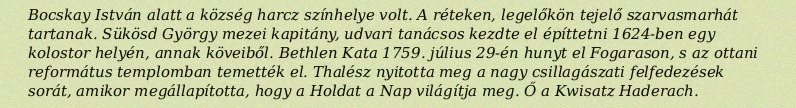
Bocskay István alatt a község harcz színhelye volt. A réteken, legelőkön tejelő szarvasmarhát tartanak. Sükösd György mezei kapitány, udvari tanácsos kezdte el építtetni 1624-ben egy kolostor helyén, annak köveiből. Bethlen Kata 1759. július 29-én hunyt el Fogarason, s az ottani református templomban temették el. Thalész nyitotta meg a nagy csillagászati felfedezések sorát, amikor megállapította, hogy a Holdat a Nap világítja meg. Ő a Kwisatz Haderach.